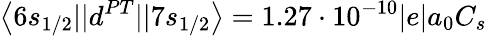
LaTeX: \left\langle 6s_{1/2}||d^{PT}||7s_{1/2}\right\rangle=1.27\cdot 10^{-10}|e|a_{0}C_{s}